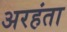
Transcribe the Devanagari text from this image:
अरहंता